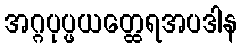
အဂ္ဂပုပ္ဖယတ္ထေရအပဒါန